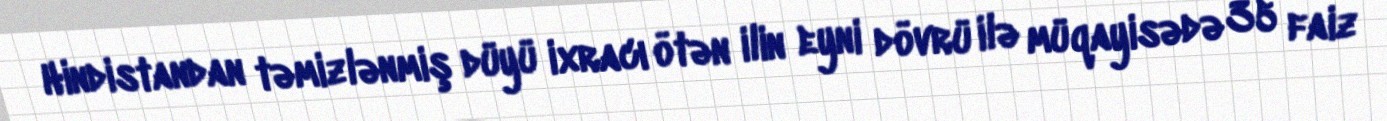
Hindistandan təmizlənmiş düyü ixracı ötən ilin eyni dövrü ilə müqayisədə 35 faiz